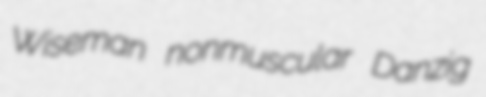
Wiseman nonmuscular Danzig